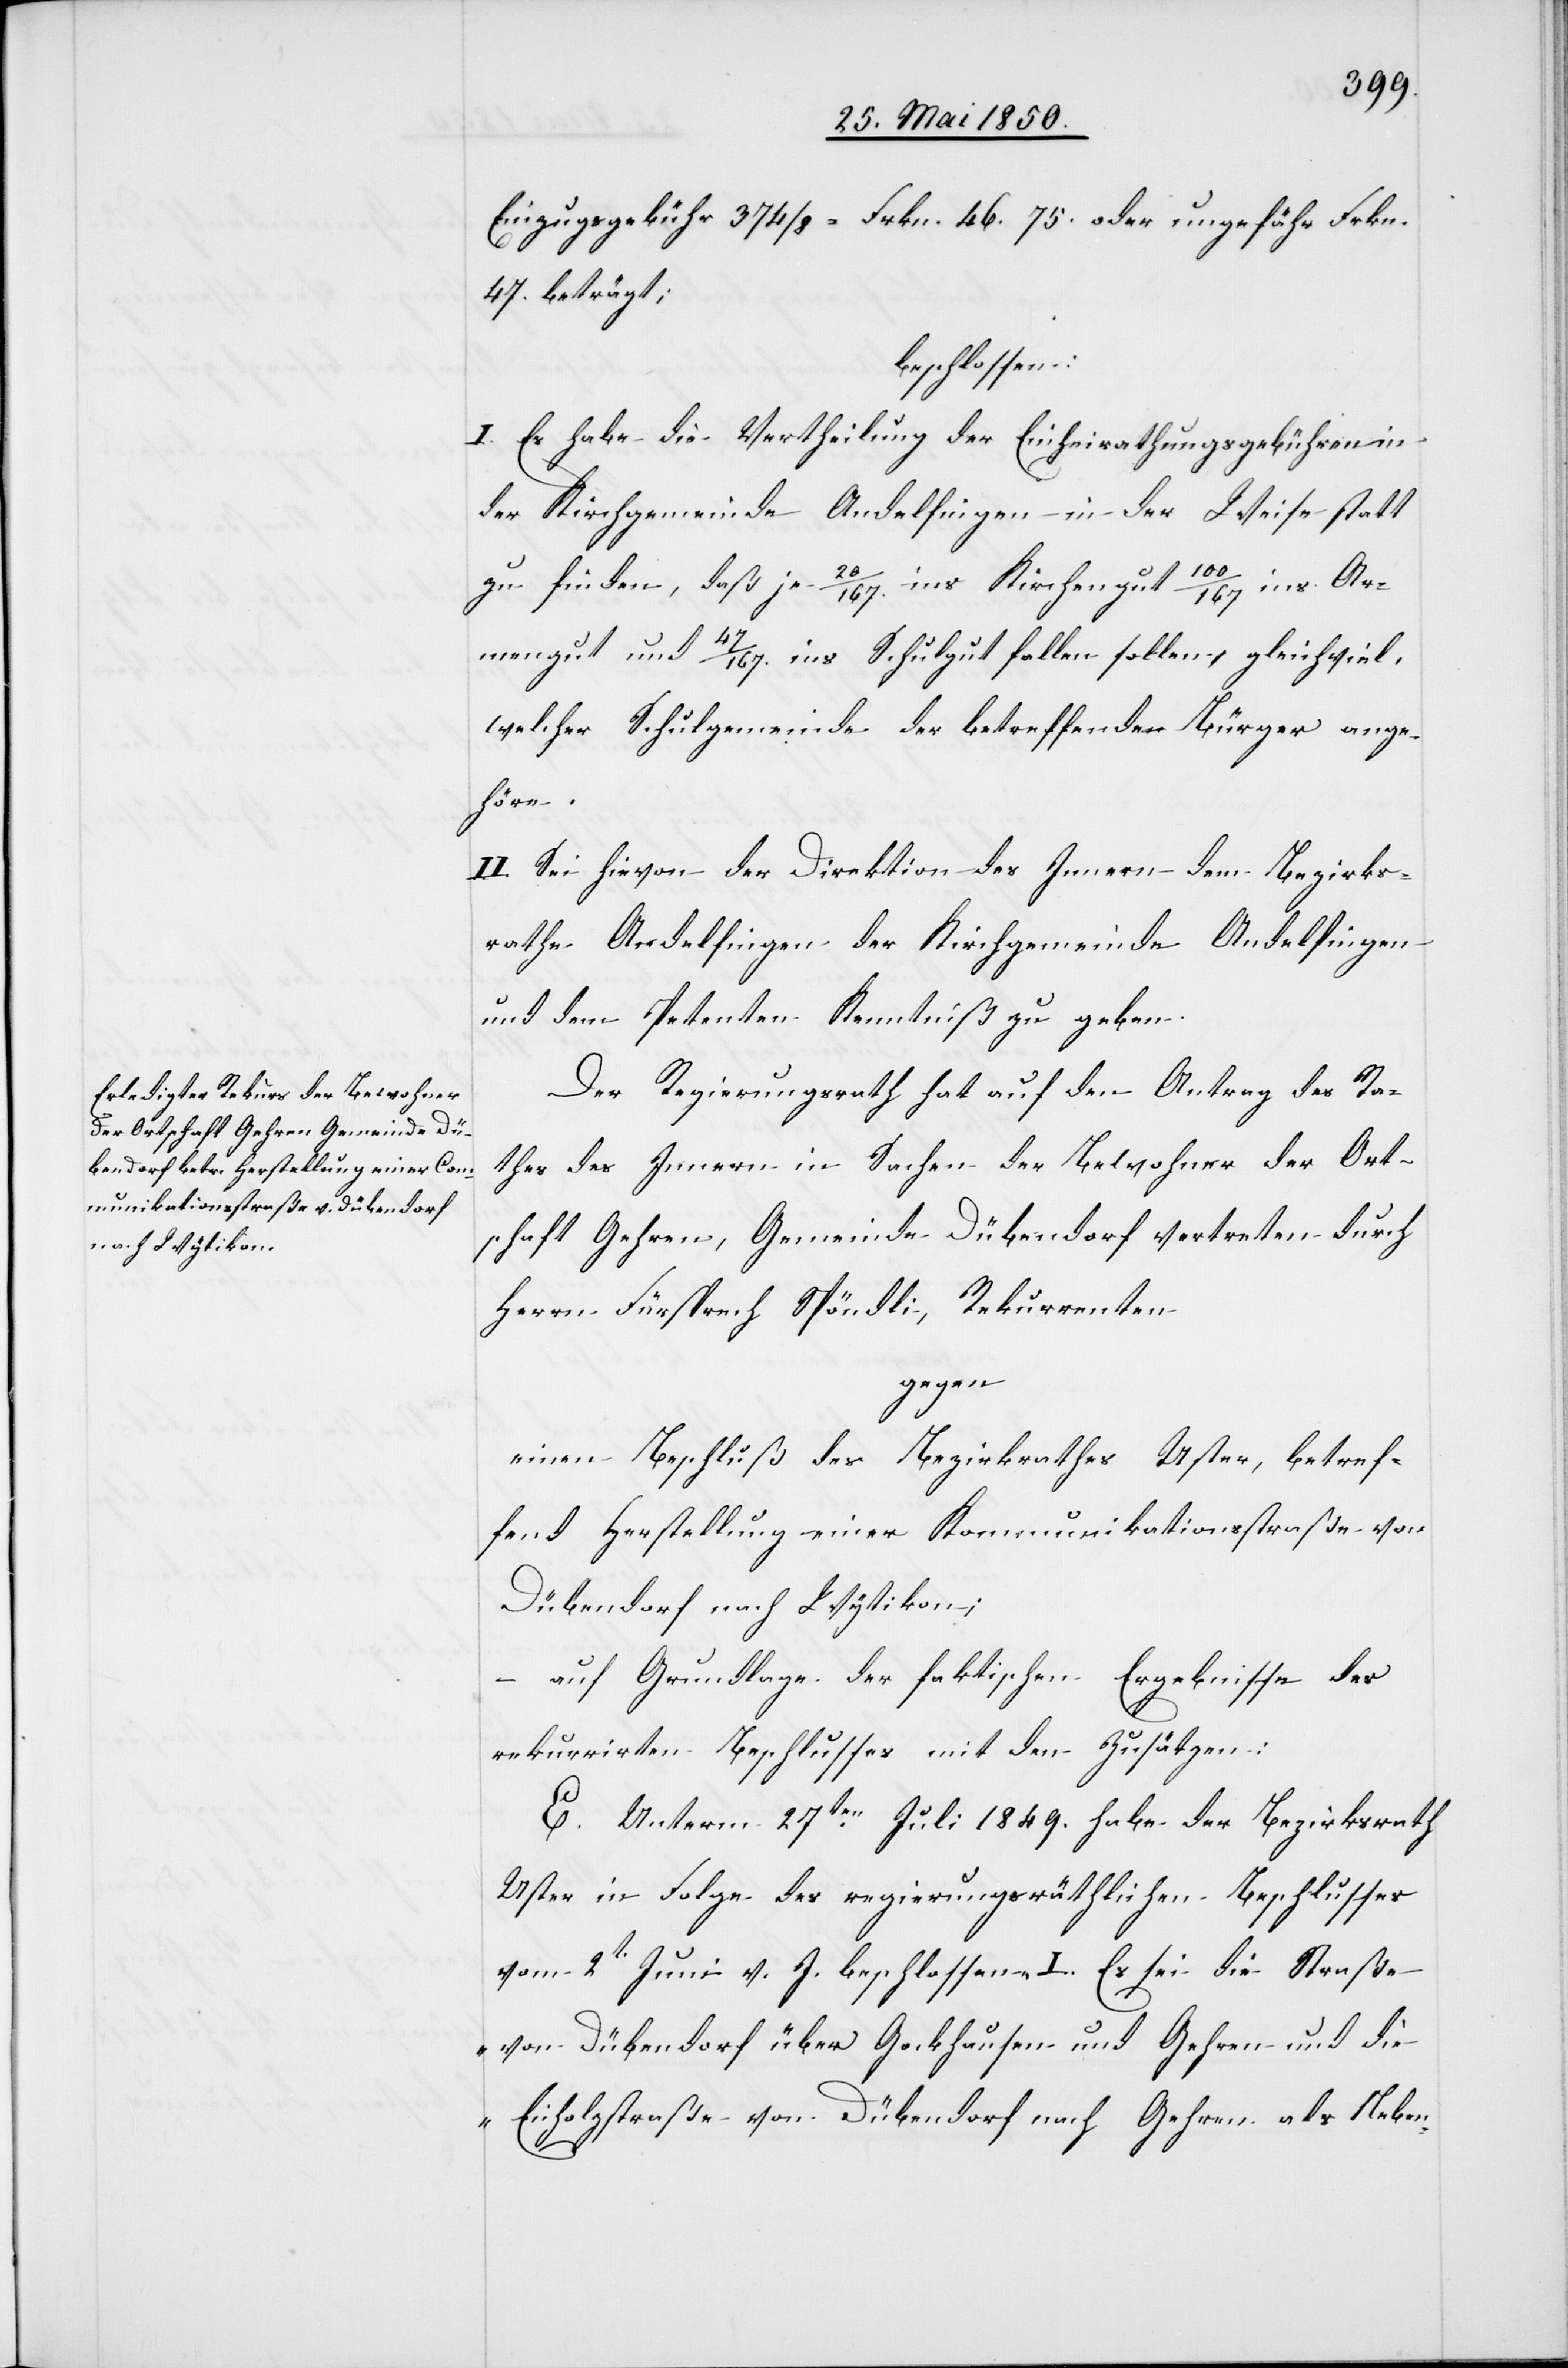
Einzugsgebühr 374/8 = Frkn. 46. 75. oder ungefähr Frkn.
47. beträgt;
beschlossen:
I. Es habe die Vertheilung der Einheirathungsgebühren in
der Kirchgemeinde Andelfingen in der Weise statt
zu finden, daß je 20/167. ins Kirchengut[,]100/167 ins Ar¬
mengut und 47/167. ins Schulgut fallen sollen, gleichviel,
welcher Schulgemeinde der betreffende Bürger ange¬
höre.
II. Sei hievon der Direktion des Innern[,] dem Bezirks¬
rathe Andelfingen[,] der Kirchgemeinde Andelfingen
und dem Petenten Kenntniß zu geben.
Der Regierungsrath hat auf den Antrag des Ra¬
thes des Innern in Sachen der Bewohner der Ort¬
schaft Gehren, Gemeinde Dübendorf vertreten durch
Herrn Fürsprech Spöndli, Rekurrenten
gegen
einen Beschluß des Bezirksrathes Uster, betref¬
fend Herstellung einer Kommunikationsstraße von
Dübendorf nach Wytikon;
– auf Grundlage der faktischen Ergebnisse des
rekurrirten Beschlusses mit den Zusätzen:
E. Unterm 27ten Juli 1849. habe der Bezirksrath
Uster in Folge des regierungsräthlichen Beschlusses
vom 2t Juni v. J. beschlossen „I. Es sei die Straße
von Dübendorf über Gockhausen und Gehren und die
Eicholzstraße von Dübendorf nach Gehren als Neben-